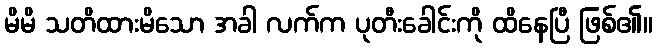
မိမိ သတိထားမိသော အခါ လက်က ပုတီးခေါင်းကို ထိနေပြီ ဖြစ်၏။